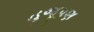
હજૂપણ